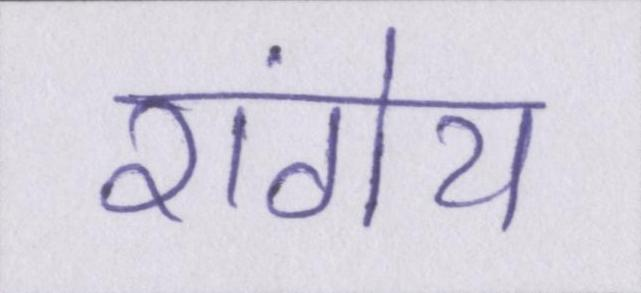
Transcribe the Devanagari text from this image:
रांगेय